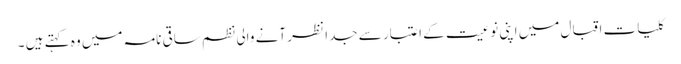
کلیاتِ اقبال میں اپنی نوعیت کے اعتبار سے جدا نظر آنے والی نظم ساقی نامہ میں وہ کہتے ہیں ۔